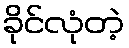
ခိုင်လုံတဲ့